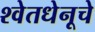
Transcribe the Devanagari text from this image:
श्वेतधेनूचे